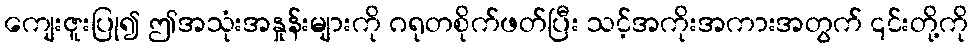
ကျေးဇူးပြု၍ ဤအသုံးအနှုန်းများကို ဂရုတစိုက်ဖတ်ပြီး သင့်အကိုးအကားအတွက် ၎င်းတို့ကို